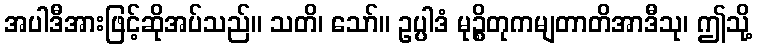
အပါဒီအားဖြင့်ဆိုအပ်သည်။ သတိ၊ သော်။ ဥပ္ပါဒံ မုဉ္စိတုကမျတာတိအာဒီသု၊ ဤသို့